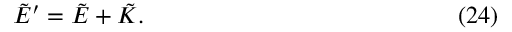
\tilde { E } ^ { \prime } = \tilde { E } + \tilde { K } . \eqno ( 2 4 )